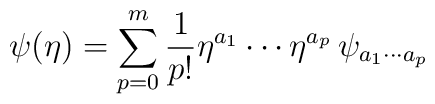
\psi(\eta)=\sum_{p=0}^{m}\frac{1}{p!}\eta^{a_1}\cdots\eta^{a_p}\,\psi_{a_1\cdots a_p}